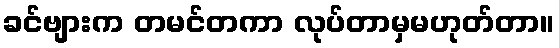
ခင်ဗျားက တမင်တကာ လုပ်တာမှမဟုတ်တာ။